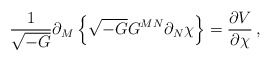
\begin{align*}\frac{1}{\sqrt{-G}}\partial_M\left\{\sqrt{-G}G^{MN}\partial_N\chi\right\}=\frac{\partial V}{\partial \chi}\, ,\end{align*}